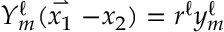
{ \cal Y } _ { m } ^ { \ell } ( \stackrel { \rightharpoonup } { x _ { 1 } } - x _ { 2 } ) = r ^ { \ell } y _ { m } ^ { \ell }